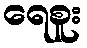
ရေစူး